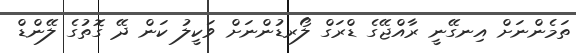
ތަމެންނަށް އިނގޭނީ ރާއްޖޭގެ ޑްރަގް ލޯރޑުންނަށް ވަކީލު ކަން ދޭ ގޮތުގެ ލޭންޑް